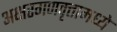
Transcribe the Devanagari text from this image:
अक्षरगणवृत्तामध्ये